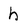
Character: h